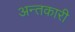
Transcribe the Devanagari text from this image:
अन्तकारी